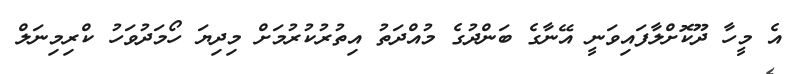
އެ މީހާ ދޫކޮށްލާފައިވަނީ އޭނާގެ ބަންދުގެ މުއްދަތު އިތުރުކުރުމަށް މިދިޔަ ހޯމަދުވަހު ކްރިމިނަލް